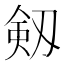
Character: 剱